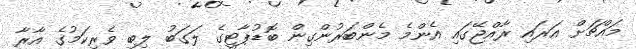
މައްޗަށް އަރައި ރާއްޖޭގައި އެންމެ މެންބަރުންގިން ބޮޑުޕާޓީގެ ލަގަބު ލިބި ވެރިކަމުގެ އާރާ